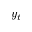
y _ { t }